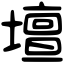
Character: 壇